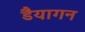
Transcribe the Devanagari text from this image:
डैयागन